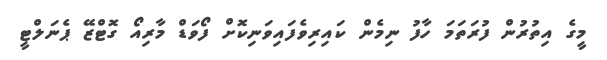
މީގެ އިތުރުން ފުރަތަމަ ހާފު ނިމެން ކައިރިވެފައިވަނިކޮށް ފޯވަޑް މާރިއޯ ގޮޓްޒޭ ޕެނަލްޓީ